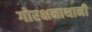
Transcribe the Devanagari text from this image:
गोरक्षनाथानी